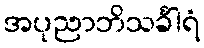
အပုညာဘိသင်္ခါရံ